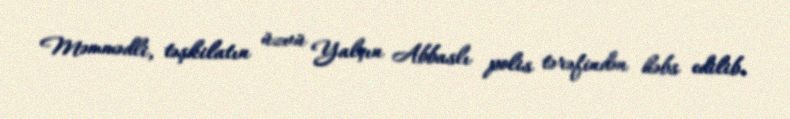
Məmmədli, təşkilatın üzvü Yalçın Abbaslı polis tərəfindən həbs edilib.